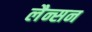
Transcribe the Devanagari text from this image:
लैन्सन